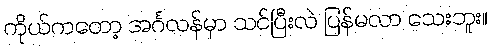
ကိုယ်ကတော့ အင်္ဂလန်မှာ သင်ပြီးလဲ ပြန်မလာ သေးဘူး။